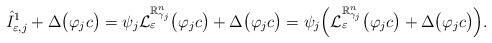
LaTeX: \begin{align*}\hat{I}_{\varepsilon,j}^1 + \Delta\big(\varphi_jc\big) = \psi_j\mathcal{L}^{\mathbb{R}^n_{\gamma_j}}_\varepsilon\big(\varphi_jc\big) + \Delta\big(\varphi_jc\big) = \psi_j\Big(\mathcal{L}^{\mathbb{R}^n_{\gamma_j}}_\varepsilon\big(\varphi_jc\big) + \Delta\big(\varphi_jc\big)\Big).\end{align*}